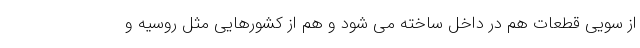
از سویی قطعات هم در داخل ساخته می شود و هم از کشورهایی مثل روسیه و